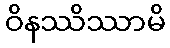
ဝိနဿိဿာမိ